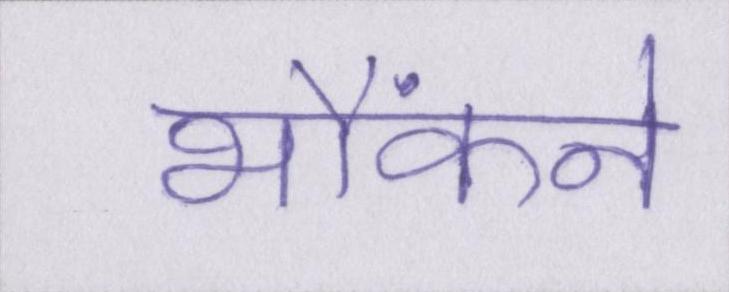
भौंकने